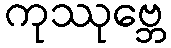
ကုဿုဗ္ဘေ